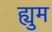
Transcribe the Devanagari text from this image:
ह्युम